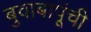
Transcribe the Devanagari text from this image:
बुवाबापूंची